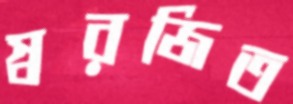
স্বরজিত